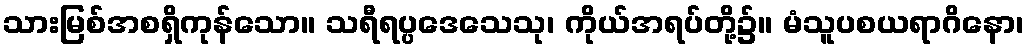
သားမြစ်အစရှိကုန်သော။ သရီရပ္ပဒေသေသု၊ ကိုယ်အရပ်တို့၌။ မံသူပစယရာဂိနော၊